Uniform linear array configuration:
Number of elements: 8
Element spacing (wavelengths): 1
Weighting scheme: exponential
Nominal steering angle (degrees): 0
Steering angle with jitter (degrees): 0.1975
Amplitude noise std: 0.05
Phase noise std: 0.05

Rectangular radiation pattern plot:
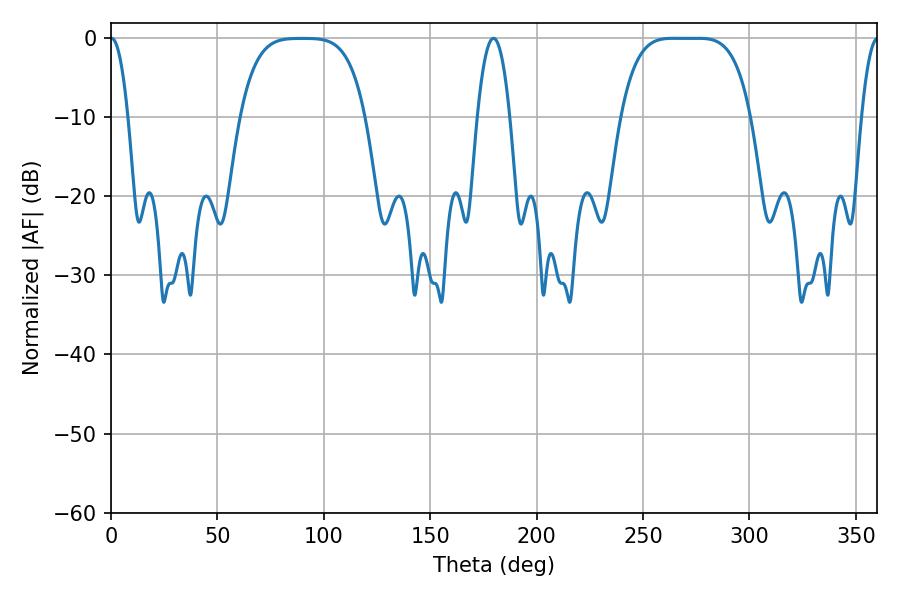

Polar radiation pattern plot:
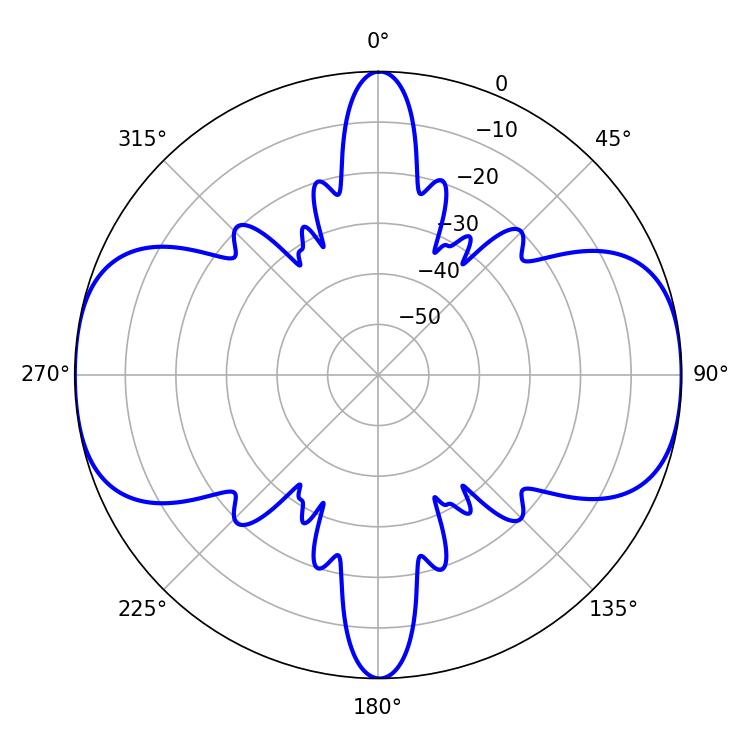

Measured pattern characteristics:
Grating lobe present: TRUE
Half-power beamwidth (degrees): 46.08
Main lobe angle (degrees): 264.42